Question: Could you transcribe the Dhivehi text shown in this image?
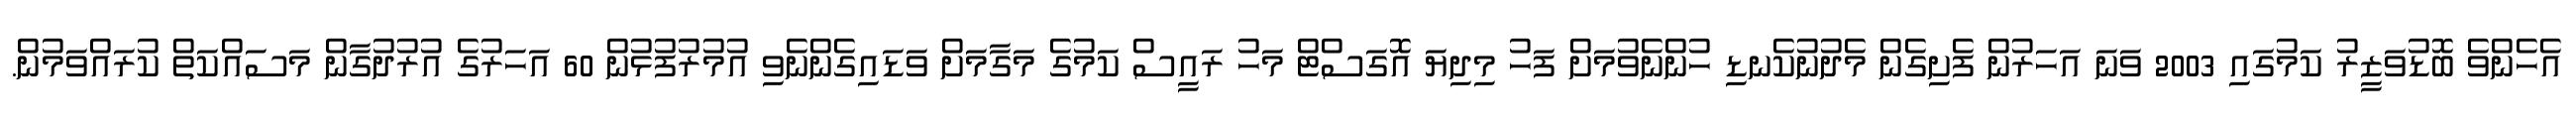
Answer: އެހެންވެ ބޮޑުވަޒީރު ކަމުގައި 2003 ވަނަ އަހަރުން ފެށިގެން މެދުނުކެނޑި ހުންނެވުމަށް ފަހު މިދިޔަ އޮގަސްޓް މަހު ރައީސް ކަމުގެ މަގާމަށް ވަޑައިގެންނެވި އުމުރުފުޅުން 60 އަހަރުގެ އުރުދުގާން މަސައްކަތް ކުރައްވަމުން.